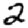
Digit: 2